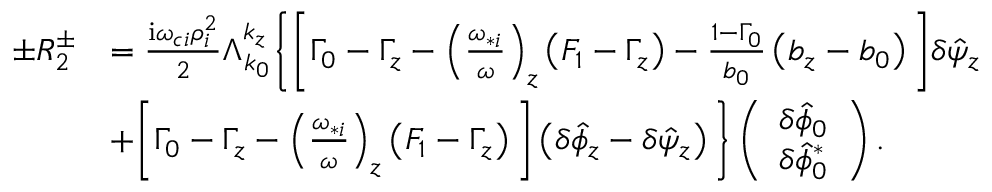
\begin{array} { r l } { \pm R _ { 2 } ^ { \pm } } & { = \frac { \mathrm { i } \omega _ { c i } \rho _ { i } ^ { 2 } } { 2 } \Lambda _ { k _ { 0 } } ^ { k _ { z } } \Bigg \{ \Bigg [ \Gamma _ { 0 } - \Gamma _ { z } - \left( \frac { \omega _ { * i } } { \omega } \right) _ { z } \left( F _ { 1 } - \Gamma _ { z } \right) - \frac { 1 - \Gamma _ { 0 } } { b _ { 0 } } \left( b _ { z } - b _ { 0 } \right) \Bigg ] \delta \hat { \psi } _ { z } } \\ & { + \Bigg [ \Gamma _ { 0 } - \Gamma _ { z } - \left( \frac { \omega _ { * i } } { \omega } \right) _ { z } \left( F _ { 1 } - \Gamma _ { z } \right) \Bigg ] \left( \delta \hat { \phi } _ { z } - \delta \hat { \psi } _ { z } \right) \Bigg \} \left( \begin{array} { c } { \delta \hat { \phi } _ { 0 } } \\ { \delta \hat { \phi } _ { 0 } ^ { * } } \end{array} \right) . } \end{array}